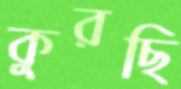
কুরছি